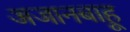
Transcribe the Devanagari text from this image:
अजानबाहू